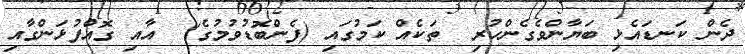
ދެން ކަނޑައެޅި ބަޔާންވެގެންހުރި  ތަކެއް ކަމުގައި (ފެންބޮޑުވުމުގެ)  އާއި ގޮއްފުޅަންގާއި